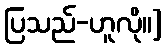
ပြသည်-ဟူလို။]